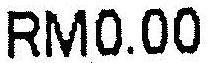
RM0.00